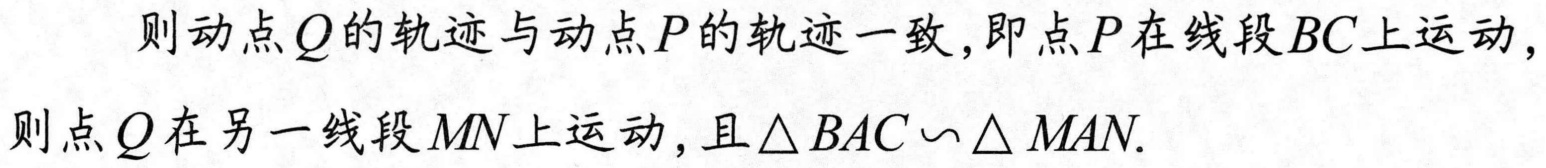
则动点\(Q\)的轨迹与动点\(P\)的轨迹一致,即点\(P\)在线段\(BC\)上运动,
则点\(Q\)在另一线段\(MN\)上运动,且\(\triangle BAC \backsim \triangle MAN\).